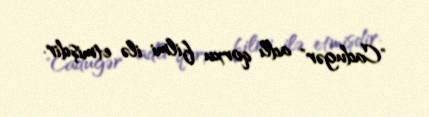
"Cadugər" adlı qorxu filmi ilə etmişdir.